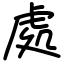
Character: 處